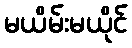
မယိမ်းမယိုင်